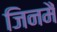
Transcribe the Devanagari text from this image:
जिनमैं